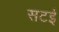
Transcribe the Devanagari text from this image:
सटई